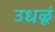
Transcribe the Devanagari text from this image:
उधळूं